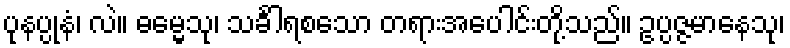
ပုနပ္ပုနံ၊ လဲ။ ဓမ္မေသု၊ သင်္ခါရစသော တရားအပေါင်းတို့သည်။ ဥပ္ပဇ္ဇမာနေသု၊